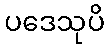
ပဒေသုပိ